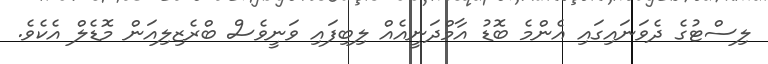
ލިސްޓުގެ ދެވަނައިގައި އެންމެ ބޮޑު އާމްދަނީއެއް ލިބިފައި ވަނީވެސް ބްރެޒިލިއަން މޮޑެލް އެެކެވެ.